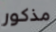
مذكور